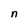
Character: n